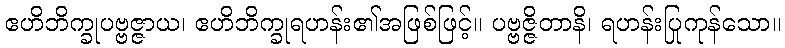
ဧဟိဘိက္ခုပဗ္ဗဇ္ဇာယ၊ ဧဟိဘိက္ခုရဟန်း၏အဖြစ်ဖြင့်။ ပဗ္ဗဇ္ဇိတာနိ၊ ရဟန်းပြုကုန်သော။